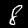
Digit: 8